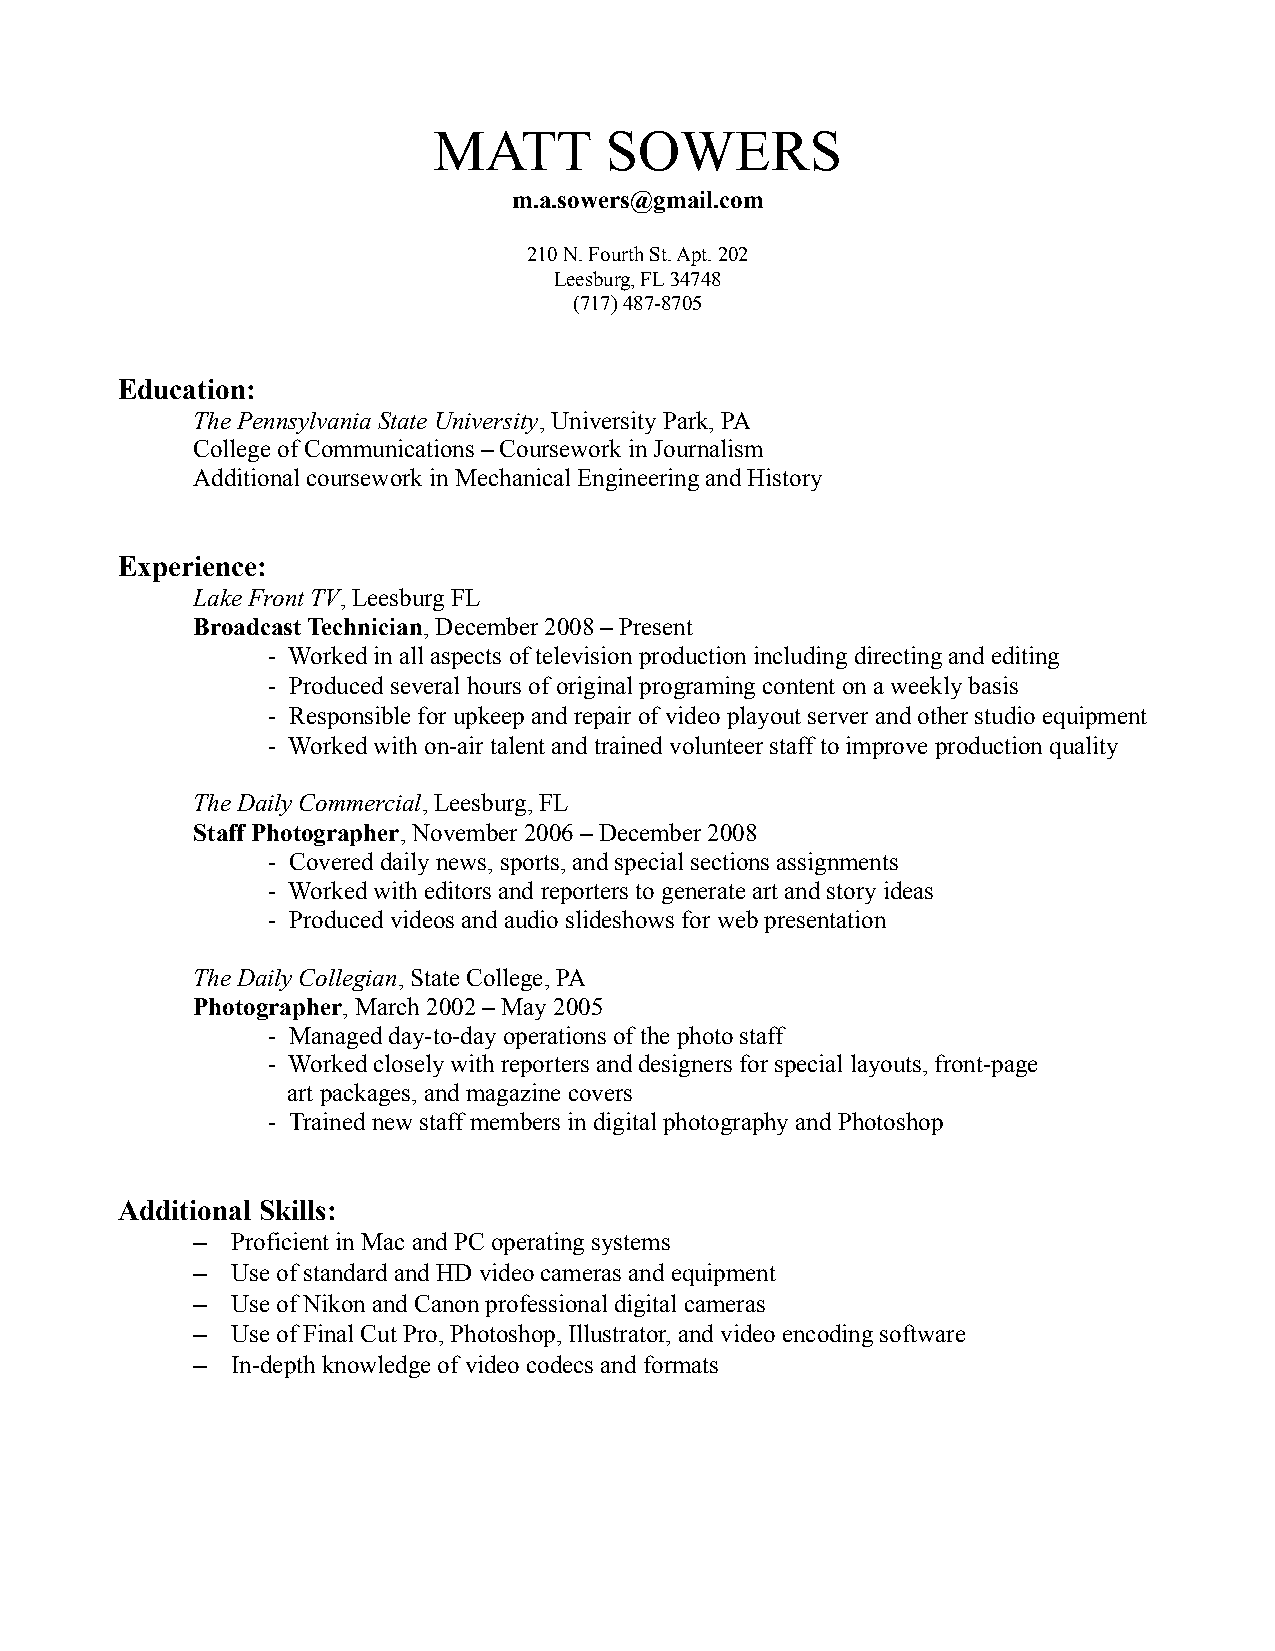
MATT       SOWERS
 m.a.sowers@gmail.com
 210 N. Fourth St. Apt. 202
 Leesburg, FL 34748
 (717) 487-8705
 Education:
 The Pennsylvania State University, University Park, PA
 College of Communications – Coursework in Journalism
 Additional coursework in Mechanical Engineering and History
 Experience:
 Lake Front TV, Leesburg FL
 Broadcast Technician, December 2008 – Present
 - Worked in all aspects of television production including directing and editing
 - Produced several hours of original programing content on a weekly basis
 - Responsible for upkeep and repair of video playout server and other studio equipment
 - Worked with on-air talent and trained volunteer staff to improve production quality
 The Daily Commercial, Leesburg, FL
 Staff Photographer, November 2006 – December 2008
 - Covered daily news, sports, and special sections assignments
 - Worked with editors and reporters to generate art and story ideas
 - Produced videos and audio slideshows for web presentation
 The Daily Collegian, State College, PA
 Photographer, March 2002 – May 2005
 - Managed day-to-day operations of the photo staff
 - Worked closely with reporters and designers for special layouts, front-page
 art packages, and magazine covers
 - Trained new staff members in digital photography and Photoshop
 Additional Skills:
 – Proficient in Mac and PC operating systems
 – Use of standard and HD video cameras and equipment
 – Use of Nikon and Canon professional digital cameras
 – Use of Final Cut Pro, Photoshop, Illustrator, and video encoding software
 – In-depth knowledge of video codecs and formats